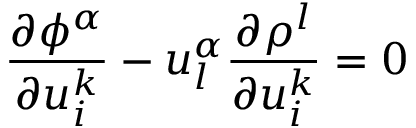
{ \frac { \partial \phi ^ { \alpha } } { \partial u _ { i } ^ { k } } } - u _ { l } ^ { \alpha } { \frac { \partial \rho ^ { l } } { \partial u _ { i } ^ { k } } } = 0